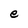
Character: e